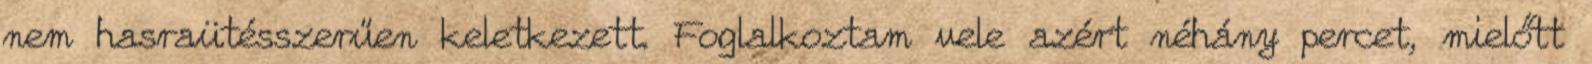
nem hasraütésszerűen keletkezett. Foglalkoztam vele azért néhány percet, mielőtt